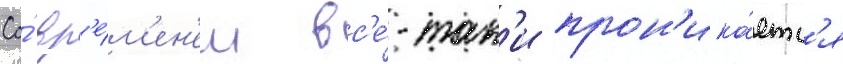
Со́ вр'е́м'ен'ем вс'е́-так'и прон'ика́етс'я